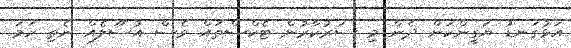
އަޅުގަނޑު ޔަގީންކަން ދެން މި ސަރުކާރުން ޓެކްސްތައް ވެސް އުސޫލެއް ނެތި ހަމަ